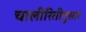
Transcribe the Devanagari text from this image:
चालीरितीनुसार